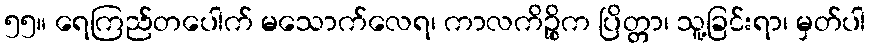
၅၅။ ရေကြည်တပေါက် မသောက်လေရ၊ ကာလကိဉ္စိက ပြိတ္တာ၊ သူ့ခြင်းရာ၊ မှတ်ပါ